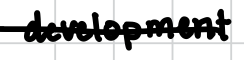
Text: development
Cross-out: single-line
Writing tool: digital_black